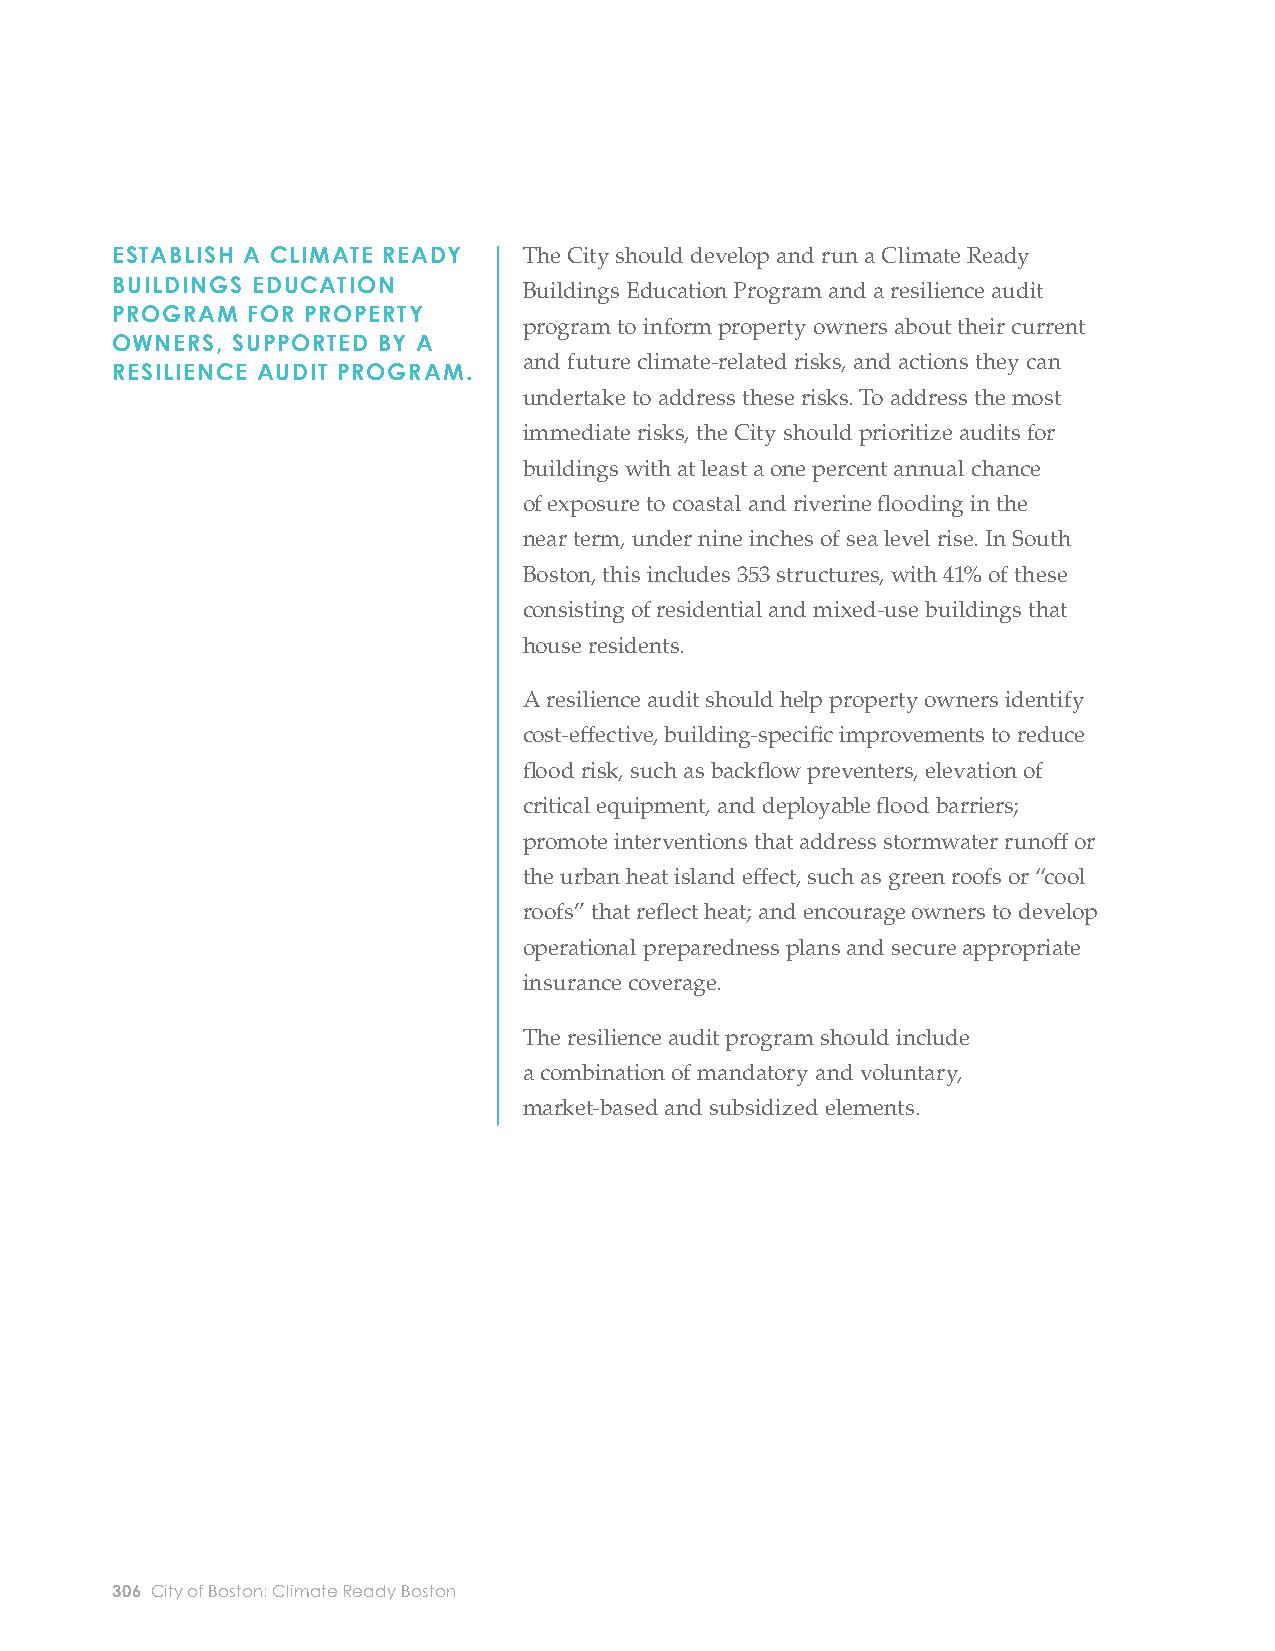
ESTABLISH A CLIMATE READY   The City should develop and run a Climate Ready
 BUILDINGS EDUCATION         Buildings Education Program and a resilience audit
 PROGRAM  FOR PROPERTY
 program to inform property owners about their current
 OWNERS, SUPPORTED BY A
 and future climate-related risks, and actions they can
 RESILIENCE AUDIT PROGRAM.
 undertake to address these risks. To address the most
 immediate risks, the City should prioritize audits for
 buildings with at least a one percent annual chance
 of exposure to coastal and riverine fl ooding in the
 near term, under nine inches of sea level rise. In South
 Boston, this includes 353 structures, with 41% of these
 consisting of residential and mixed-use buildings that
 house residents.
 A resilience audit should help property owners identify
 cost-eff ective, building-specifi c improvements to reduce
 fl ood risk, such as backfl ow preventers, elevation of
 critical equipment, and deployable fl ood barriers;
 promote interventions that address stormwater runoff or
 the urban heat island eff ect, such as green roofs or “cool
 roofs” that refl ect heat; and encourage owners to develop
 operational preparedness plans and secure appropriate
 insurance coverage.
 The resilience audit program should include
 a combination of mandatory and voluntary,
 market-based and subsidized elements.
 306 City of Boston: Climate Ready Boston